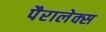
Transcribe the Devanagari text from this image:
पैरालेक्स